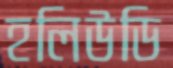
হলিউডি